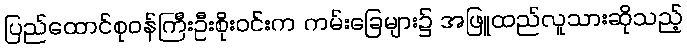
ပြည်ထောင်စုဝန်ကြီးဦးစိုးဝင်းက ကမ်းခြေများ၌ အဖြူထည်လူသားဆိုသည့်